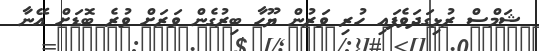
ޝަމްސް ރުޅިގަދަވެފައި ހުރި ވަރުން ޔޫހާ ބިރުގެން ވަރަށް ވުރެ ބޮޑަށް އޭނާ